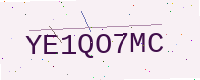
Text: YE1QO7MC